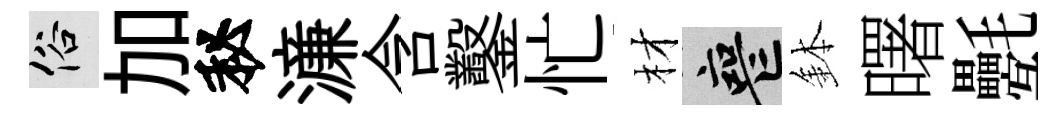
俗加秘濓含鑿忙材喪鉢曙氎